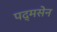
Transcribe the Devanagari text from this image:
पद्मसेन